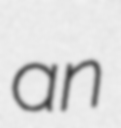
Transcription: an